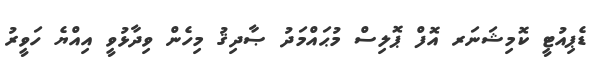
ޑެޕިއުޓީ ކޮމިޝަނަރ އޮފް ޕޮލިސް މުޙައްމަދު ޞާދިޤު މިހެން ވިދާޅުވީ އިއްޔެ ހަވީރު